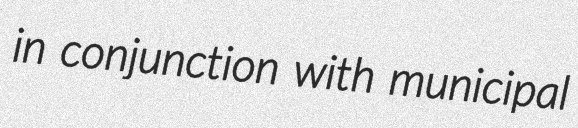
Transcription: in conjunction with municipal